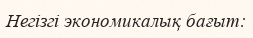
Негізгі экономикалық бағыт: